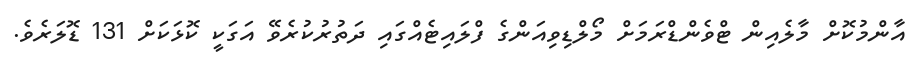
އާންމުކޮށް މާލެއިން ޓްވެންޑްރަމަށް މޯލްޑިވިއަންގެ ފްލައިޓެއްގައި ދަތުރުކުރެވޭ އަގަކީ ކޮޅަކަށް 131 ޑޮލަރެވެ.